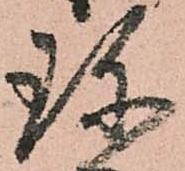
珎